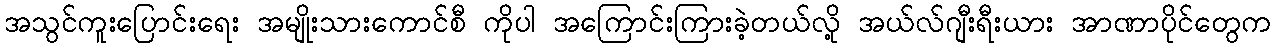
အသွင်ကူးပြောင်းရေး အမျိုးသားကောင်စီ ကိုပါ အကြောင်းကြားခဲ့တယ်လို့ အယ်လ်ဂျီးရီးယား အာဏာပိုင်တွေက